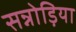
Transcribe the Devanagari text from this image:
सन्नोड़िया